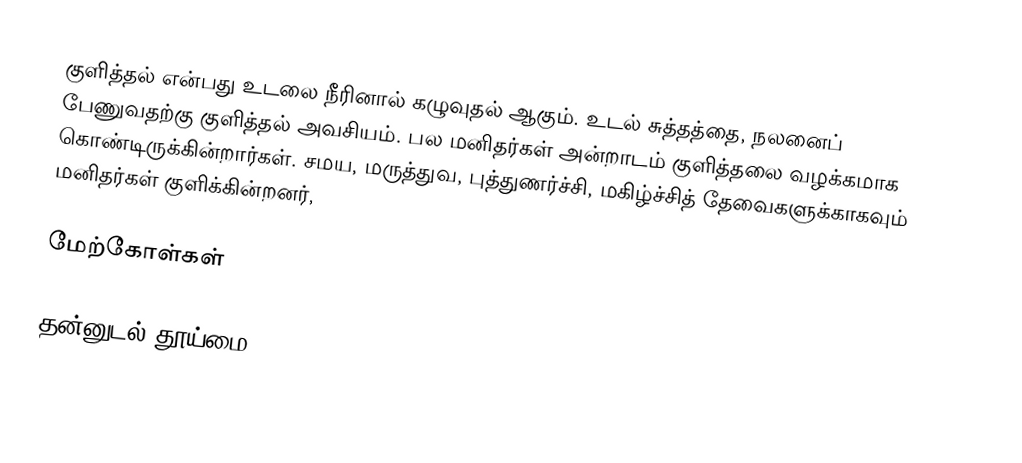
குளித்தல் என்பது உடலை நீரினால் கழுவுதல் ஆகும்.  உடல் சுத்தத்தை, நலனைப் பேணுவதற்கு குளித்தல் அவசியம். பல மனிதர்கள் அன்றாடம் குளித்தலை வழக்கமாக கொண்டிருக்கின்றார்கள். சமய, மருத்துவ, புத்துணர்ச்சி, மகிழ்ச்சித் தேவைகளுக்காகவும் மனிதர்கள் குளிக்கின்றனர்,

மேற்கோள்கள்

தன்னுடல் தூய்மை